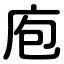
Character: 庖